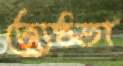
জ্যেষ্ঠতা